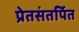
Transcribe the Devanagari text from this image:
प्रेतसंतर्पित